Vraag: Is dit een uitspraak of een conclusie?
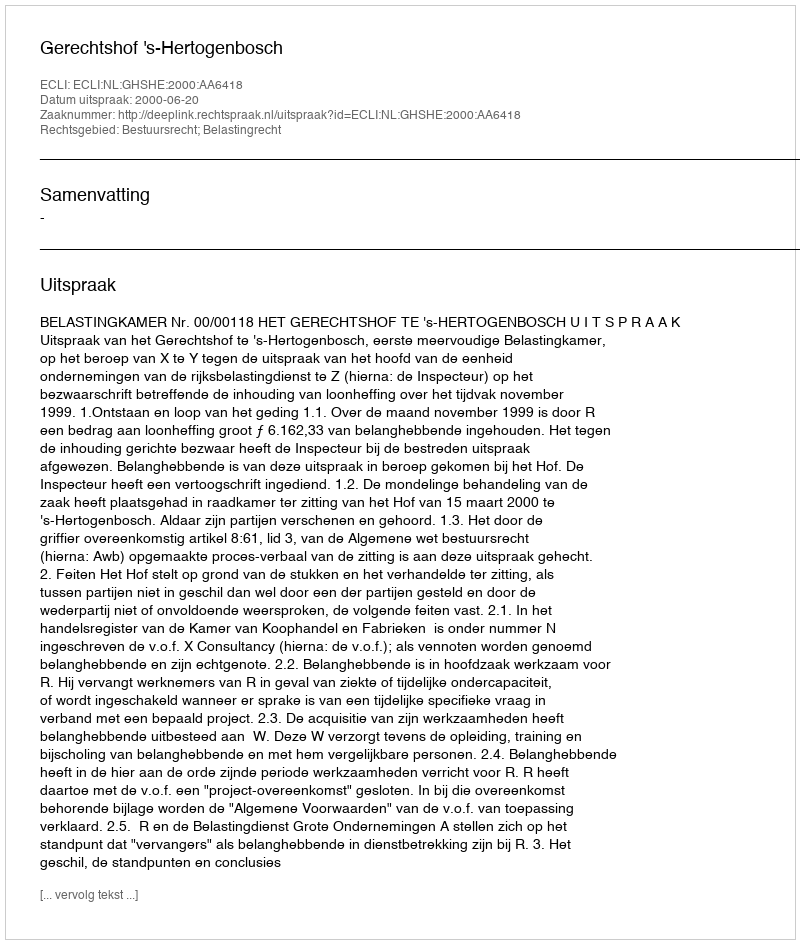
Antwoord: Uitspraak